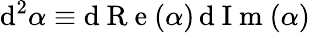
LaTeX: \mathrm{d}^{2}\alpha\equiv\mathrm{d}\mathrm{{~R~e~}}(\alpha)\, \mathrm{d}\mathrm{{~I~m~}}(\alpha)